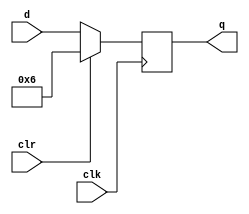
module dff
    ( input [3:0] d, input clk, clr, output reg [3:0] q );
    initial begin
      q = 4'b0000;
    end
	always @( posedge clk )
		if ( clr )
			q <= 4'b0110;
		else
            q <= d;
endmodule

module adff
    ( input [3:0] d, input clk, clr, output reg [3:0] q );
    initial begin
      q = 4'b0000;
    end
	always @( posedge clk, posedge clr )
		if ( clr )
			q <= 4'b0110;
		else
            q <= d;
endmodule

module dffe
    ( input [3:0] d, input clk, en, output reg [3:0] q );
    initial begin
      q = 4'b0010;
    end
	always @( posedge clk)
		if ( en )
			q <= d;
endmodule

module dffse
    ( input [3:0] d, input clk, en, pre, output reg [3:0] q );
    initial begin
      q = 1;
    end
	always @( posedge clk )
		if ( !pre )
			q <= 4'b0101;
		else
			if ( en )
				q <= d;
endmodule